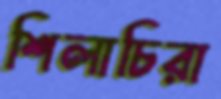
শিলাচিরা